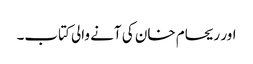
اور ریحام خان کی آنے والی کتاب۔